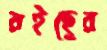
রইছের